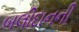
બલીદાનની